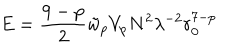
E = \frac { 9 - p } { 2 } \tilde { w } _ { p } V _ { p } N ^ { 2 } \lambda ^ { - 2 } r _ { 0 } ^ { 7 - p }